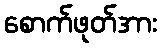
စောက်ဖုတ်အား